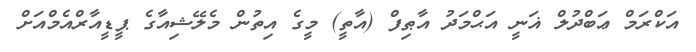
އަކްރަމް ޢަބްދުލް ޣަނީ އަޙްމަދު އާޠިފް (އާތީ) މީގެ އިތުން މެލޭޝިއާގެ ޕީޑީއާރްއެމްއަށް